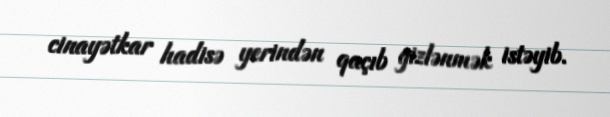
cinayətkar hadisə yerindən qaçıb gizlənmək istəyib.